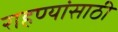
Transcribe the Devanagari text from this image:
राहण्यांसाठी